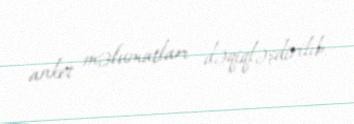
anket məlumatları dəqiqləşdirilib.